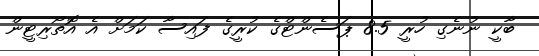
ބާކީ ނުނެގި ހުރީ 8.5 ޕަސެންޓްގެ ކުރީގެ ފައިސާ ކަމަށް އެ އޮތޯރިޓީން